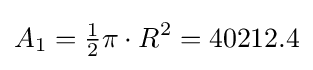
A_{1}={\tfrac {1}{2}}\pi \cdot R^{2}=40212.4